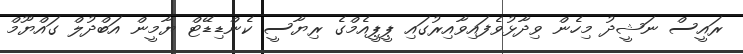
ރައީސް ނަޝީދު މިހެން ވިދާޅުވެފައިވާއިރުގައި ޕީޕީއެމްގެ ރިޔާސީ ކެންޑިޑޭޓް ޔާމީން އަބްދުލް ގައްޔޫމް